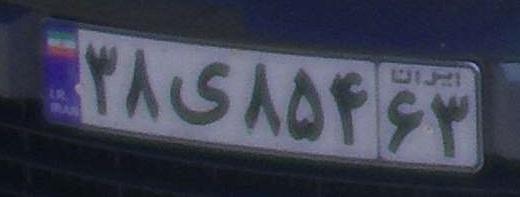
۳۸ی۸۵۴۶۳